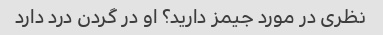
نظری در مورد جیمز دارید؟ او در گردن درد دارد